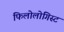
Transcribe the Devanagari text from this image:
फिलोलोगिस्ट